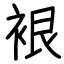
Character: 裉